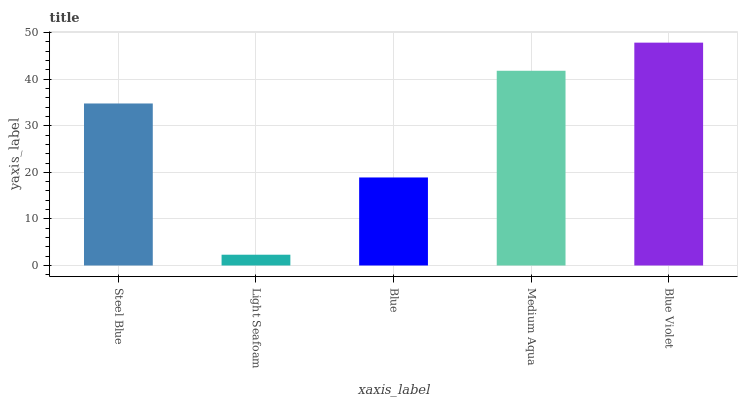
| xaxis_label | bars |
 | --- | --- |
 | Steel Blue | 34.8 |
 | Light Seafoam | 2.31 |
 | Blue | 18.9 |
 | Medium Aqua | 41.8 |
 | Blue Violet | 47.9 |